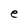
Character: e